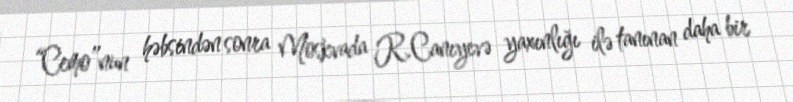
“Cemo”nun həbsindən sonra Moskvada R.Canıyevə yaxınlığı ilə tanınan daha bir